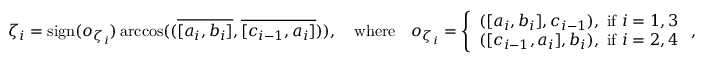
\zeta _ { i } = \mathrm { s i g n } ( o _ { \zeta _ { i } } ) \operatorname { a r c c o s } ( ( \overline { { [ a _ { i } , b _ { i } ] } } , \overline { { [ c _ { i - 1 } , a _ { i } ] } } ) ) , \quad \mathrm { w h e r e } \quad o _ { \zeta _ { i } } = \left\{ \begin{array} { l l } { ( [ a _ { i } , b _ { i } ] , c _ { i - 1 } ) , \mathrm { ~ i f ~ } i = 1 , 3 } \\ { ( [ c _ { i - 1 } , a _ { i } ] , b _ { i } ) , \mathrm { ~ i f ~ } i = 2 , 4 } \end{array} \right. ,